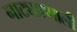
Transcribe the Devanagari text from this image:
नाट्यप्रणाली